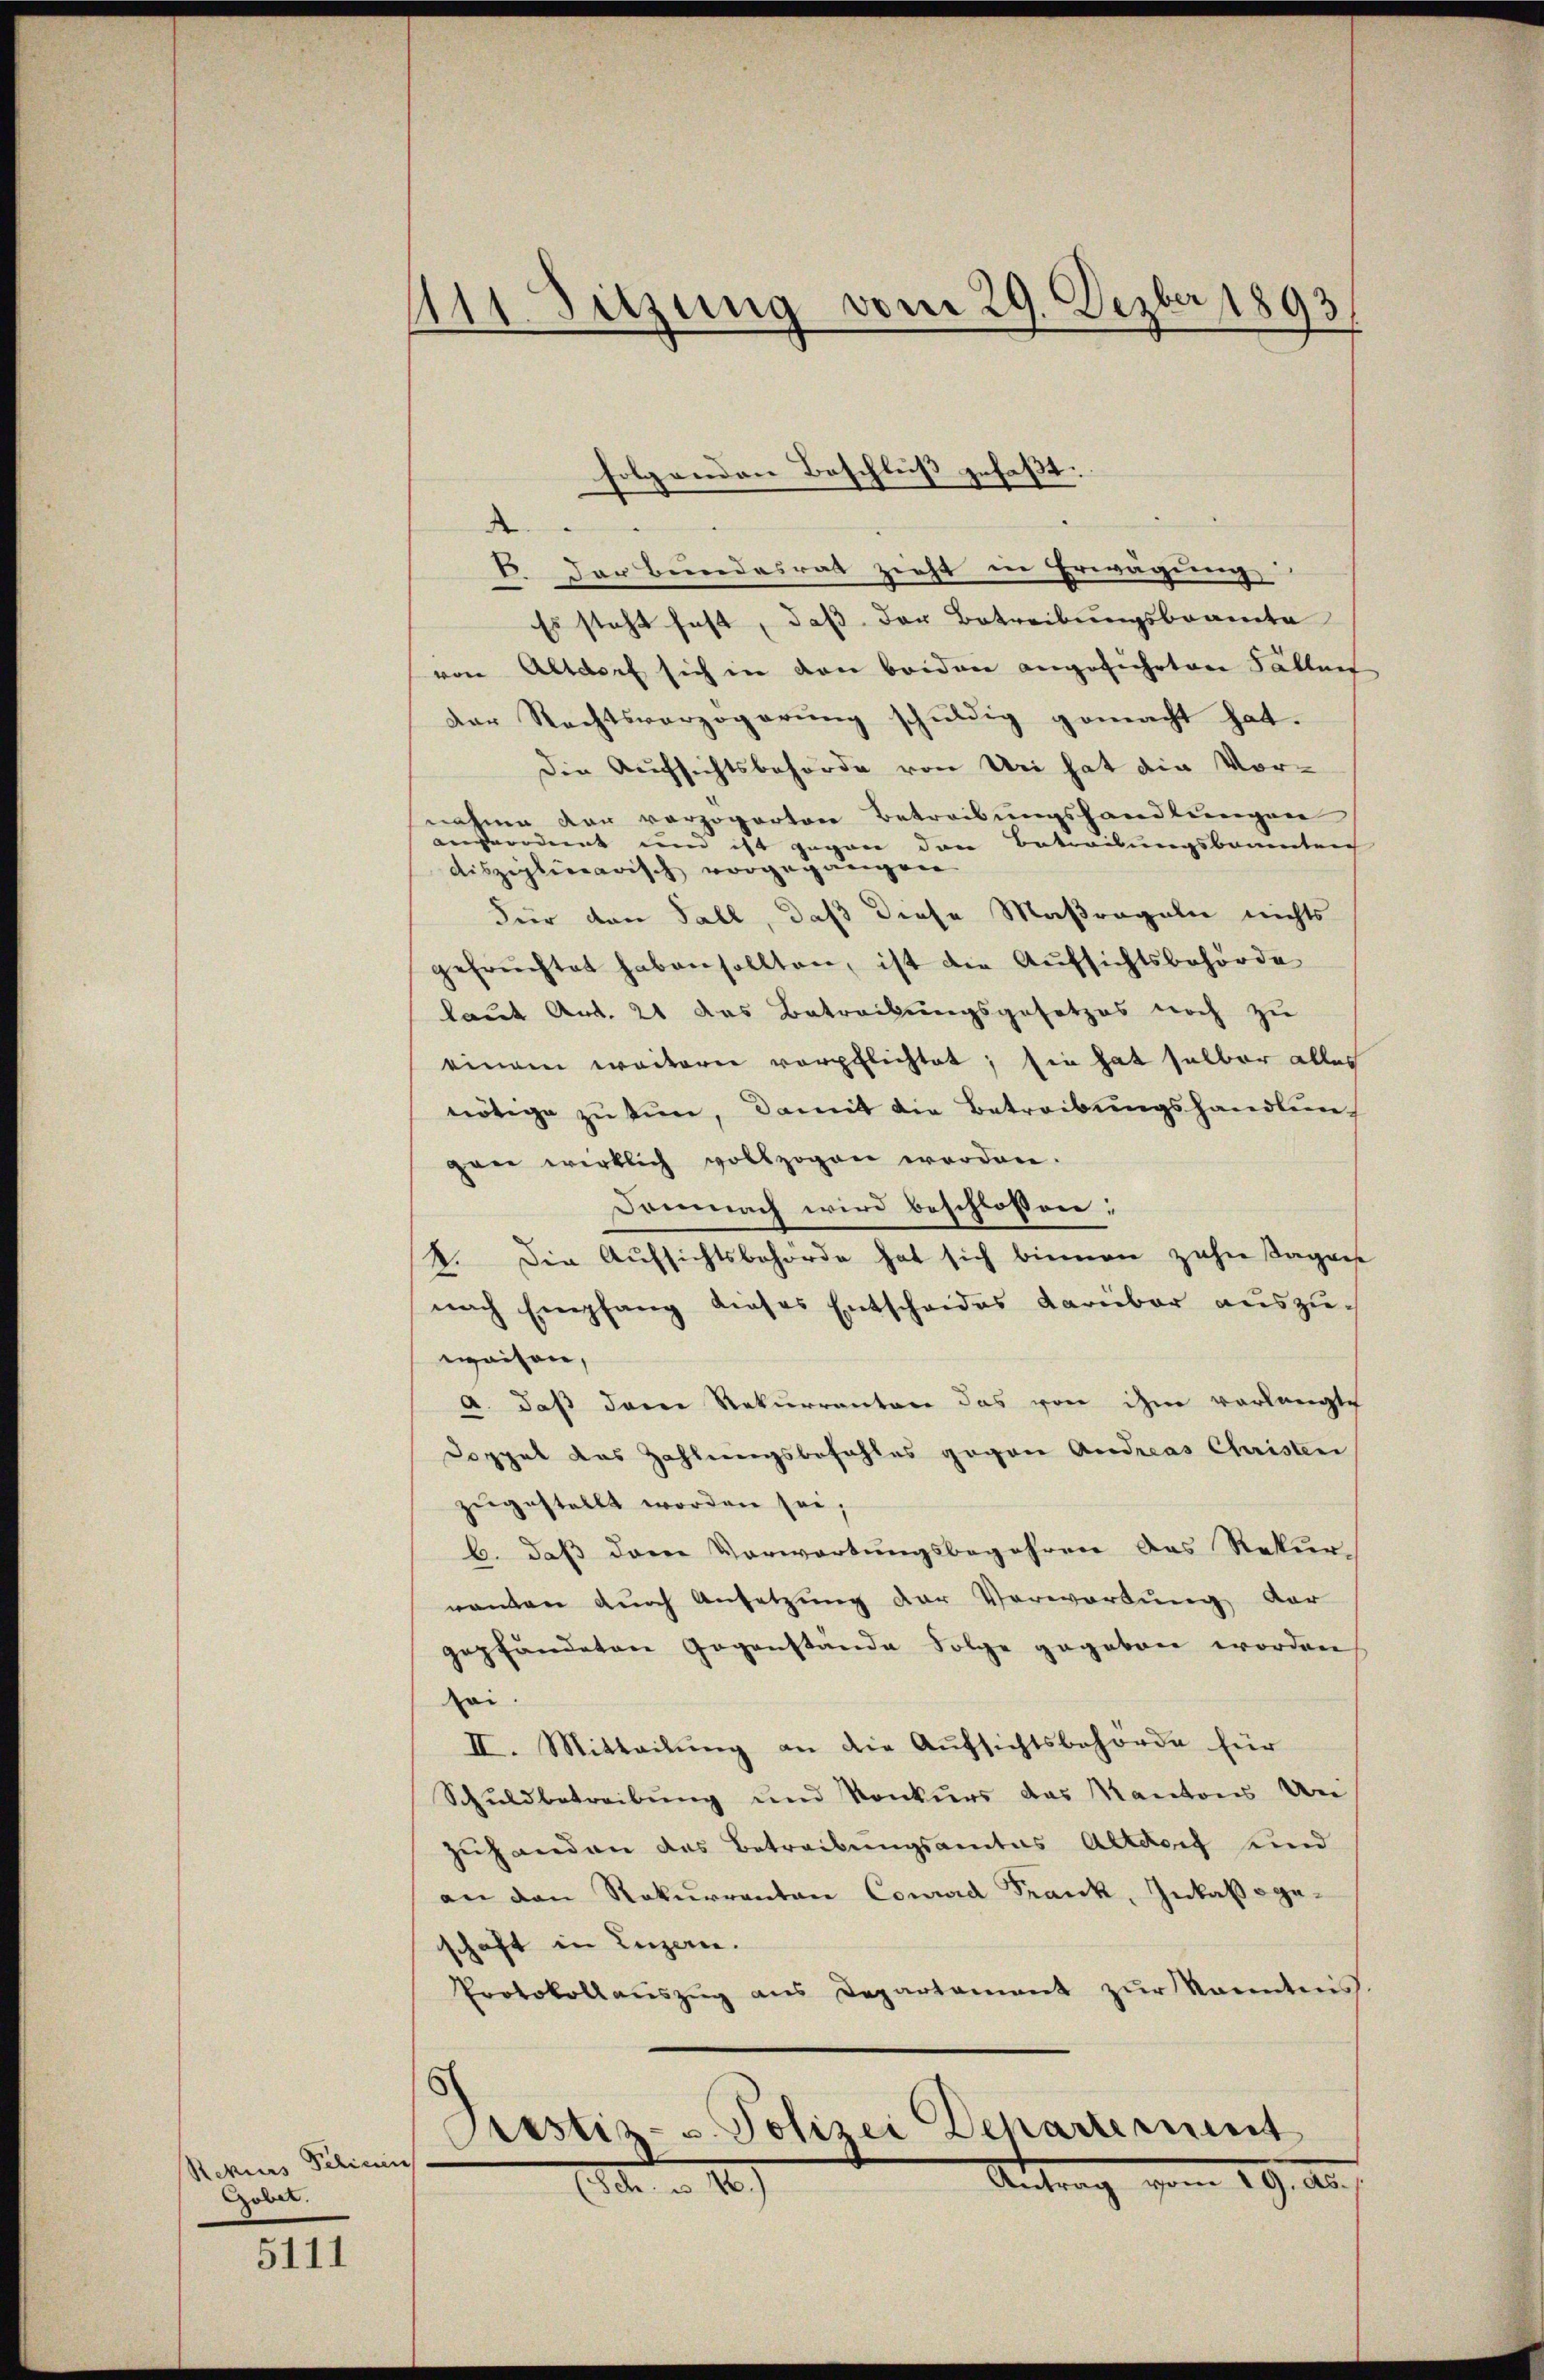
Rekurs Policen
Gobet.

5111

111. Sitzung vom 29. Dezber 1893/

folgenden Beschluß gefaßt.

d
V. Der Bundesrat zieht in Erwägung
Es steht fest, daß der Betreibungsbeamte
von Altdorf sich in den beiden angeführten Fällen
der Rechtsverzögerung schuldig gemacht hat.
Die Aufsichtsbehörde von Uri hat die Vornahme vor vorzoparten Betreibungshandlungen
angeordnet und ist gegen den Betreibungsbaumteich
disziplinearisch vorgegangen
Für den Fall, daß diese Maßregeln nichts
gefrüchtet haben sollten, ist die Aufsichtsbehörde
laut Art. 21 das Betreibungsgesetzes noch zu
einem weiterer verpflichtet; sie hat selber alles
nötige zu tun, damit die Betreibungshandlern
gan wirklich vollzogen worden.
Demnach wird beschlossen:
1. Die Aufsichtsbehörde hat sich binnen zehn Tages
nach Empfang dieses Entscheides darüber auszuwaisen,
a. daß dann Rekurrenten das von ihm vorlangte
Doppet das Zahlungsbefahles gegen Andreas Christen
zugestellt worden sei,
b. daß dann Vorwortungsbegehren des Rekur-
nanten durch Ansetzung der Vorwortung der
gepfändeten Gegenstände Folge gegeben worden
oi
II. Mitteilung an die Aufsichtsbehörde für
Schuldbetreibung und Konkurs das Kantons Un
zuhanden das Betreibungsamtes Altdorf und
an den Rekŭrranten Convid Frank, Inkaloge-
schaft in Luzern.
Protokollaŭszŭg ans Departament zŭr kanntniss.
Piustiz- u. Polizei Departement
Ritrag vom 19. Au
. . 10.